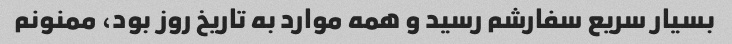
بسیار سریع سفارشم رسید و همه موارد به تاریخ روز بود، ممنونم